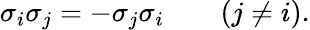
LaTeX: \sigma_{i}\sigma_{j}=-\sigma_{j}\sigma_{i}\qquad(j\neq i).